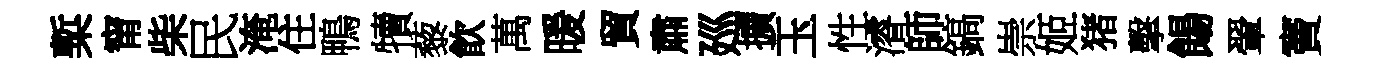
槧甯柴民淹住鴨犢藜飮萬暖貿肅廵擴玉性濬師鎬崇姬猪擊餳翬竇